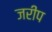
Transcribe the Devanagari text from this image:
जरीप